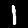
Label: 1